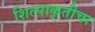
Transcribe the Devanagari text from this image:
शिल्पाकृतीचा